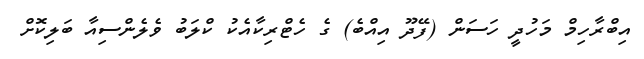
އިބްރާހިމް މަހުދީ ހަސަން (ފޭދޫ އިއްބެ) ގެ ހެޓްރިކާއެކު ކްލަބު ވެލެންސިއާ ބަލިކޮށް